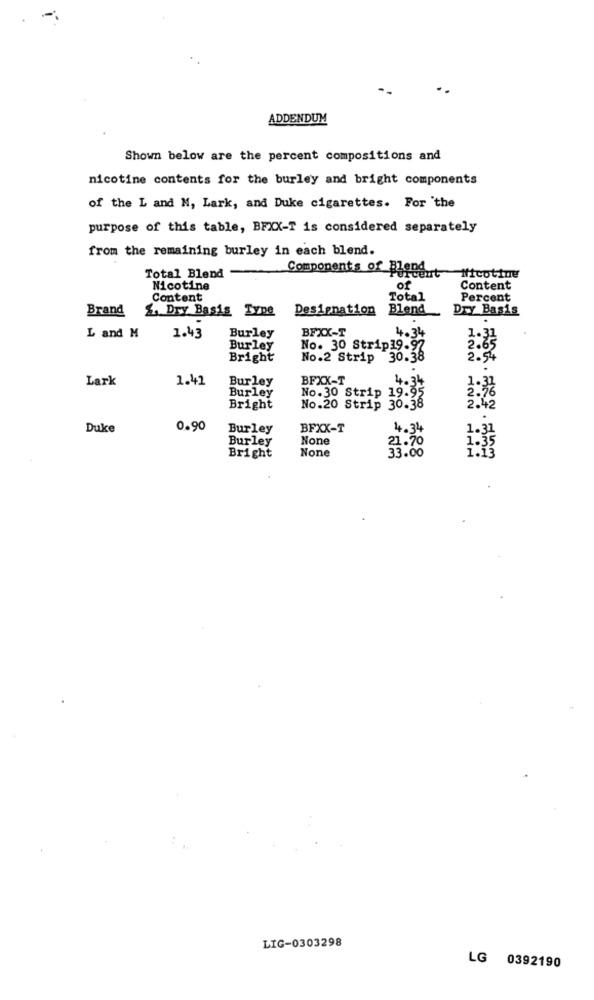
ADDENDUM
Shown below are the percent compositions and
nicotine contents for the burley and bright components
of the L and M, Lark, and Duke cigarettes. For 'the
purpose of this table, BFXX-T is considered separately
from the remaining burley in each blend.
Total Blend
Components of Bisbe,tificotime
Nicotine
of
Content
Content
Total
Percent
Brand
1. Dry Basis Type
Designation
Blend
Dry Basis
Burley
BFXX-T
4.34
L and M
1.43
1.31
Burley
No. 30 Strip39-97
2.65
Bright
No.2 Strip 30.38
2.54
Lark
1.41
Burley
BFXX-T
4.34
Burley
No.30 Strip 19.95
2.76
Bright
No.20 Strip 30.38
2.42
Duke
0.90
Burley
BFXX-T
4.34
1.31
Burley
21.70
1.35
33.00
1.13
Bright
LIG-0303298
LG 0392190